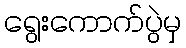
ရွေးကောက်ပွဲမှ